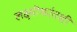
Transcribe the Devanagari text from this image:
लक्ष्मीकांतशी